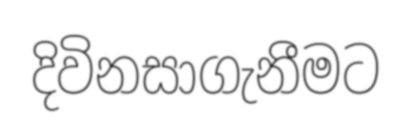
දිවිනසාගැනීමට